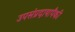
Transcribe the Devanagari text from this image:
उपसंप्रदायापैकी